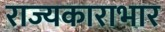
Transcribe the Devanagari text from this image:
राज्यकाराभार